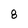
Character: 8